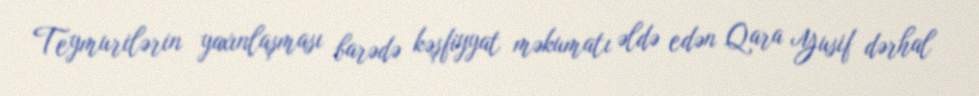
Teymurilərin yaxınlaşması barədə kəşfiyyat məkumatı əldə edən Qara Yusif dərhal